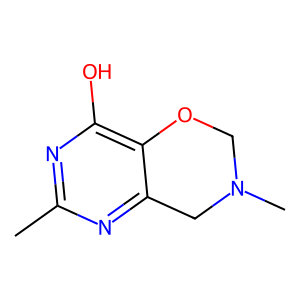
SMILES: Cc1nc(O)c2c(n1)CN(C)CO2
Inhibits HIV replication: No